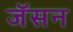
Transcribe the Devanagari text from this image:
जॅसन